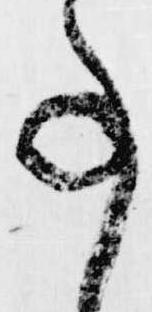
事